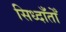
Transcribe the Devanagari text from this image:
सिध्दाँतोँ